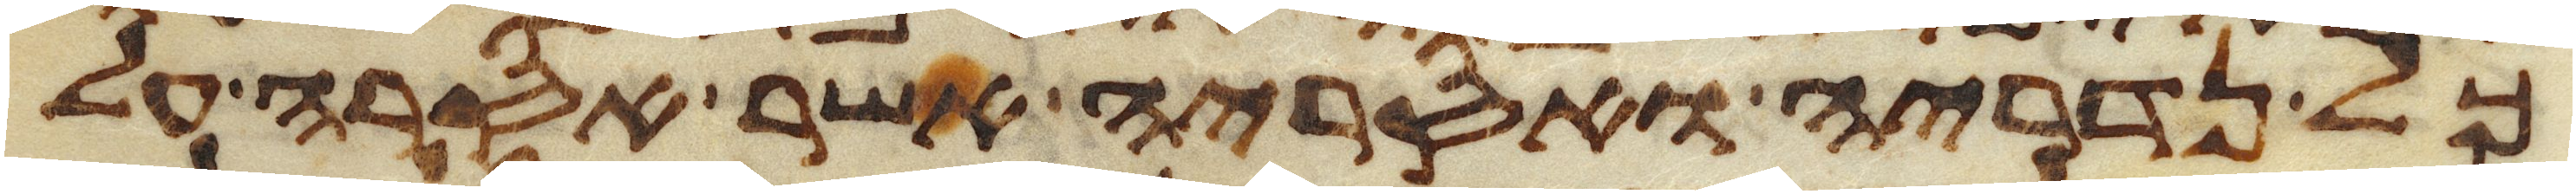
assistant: כל נדריה ואסריה אשר אסרה על